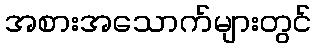
အစားအသောက်များတွင်